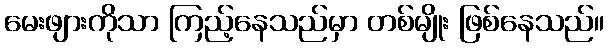
မေးဖျားကိုသာ ကြည့်နေသည်မှာ တစ်မျိုး ဖြစ်နေသည်။